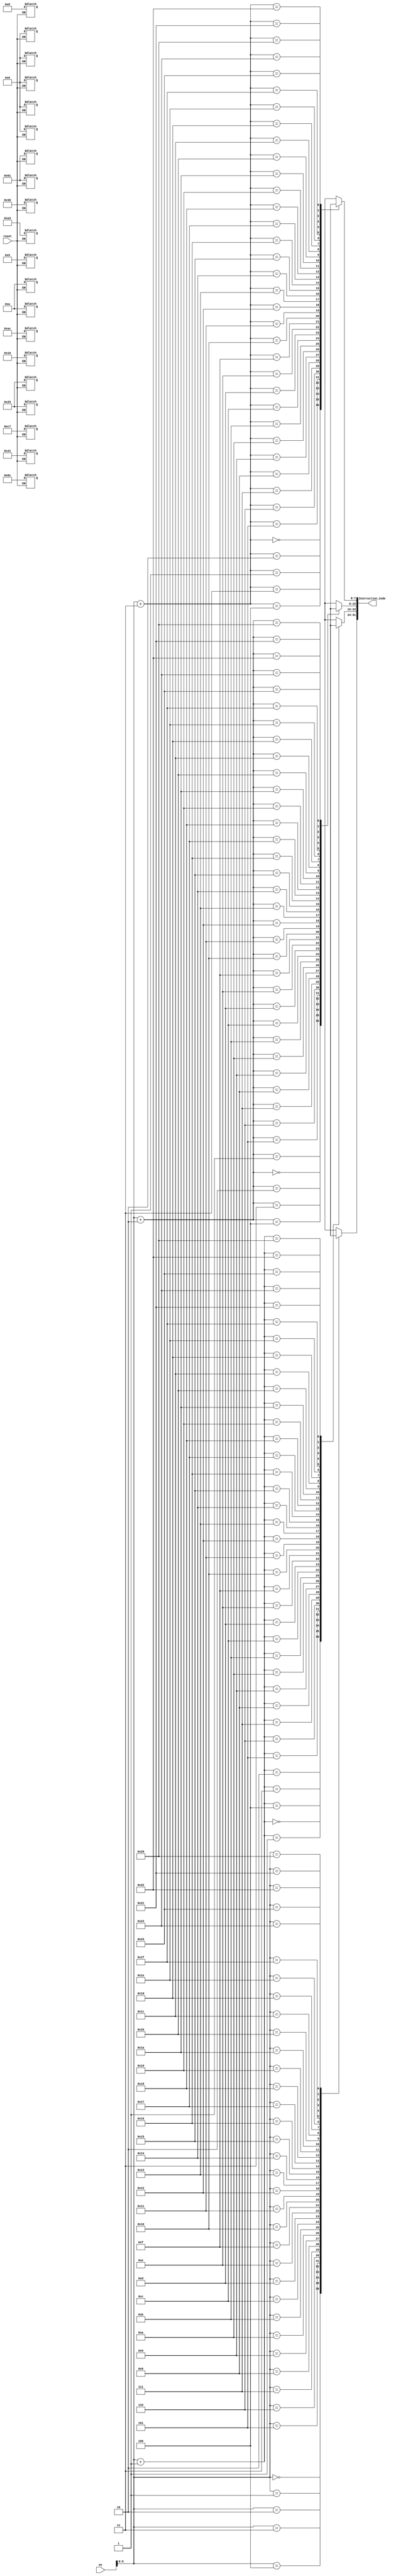
`timescale 1ns / 1ps

module instruction_memory(input [31:0] PC,input reset, output [31:0] Instruction_Code);
reg [7:0] Mem [36:0]; 
assign Instruction_Code= { Mem[PC],Mem[PC+1],Mem[PC+2],Mem[PC+3]};
always @(reset)
begin
    if (reset==0) 
    begin
        Mem[0] = 8'h8C;     Mem[1] = 8'h41;     Mem[2] = 8'h00;     Mem[3] = 8'h0A;
        Mem[4] = 8'hAC;     Mem[5] = 8'h61;     Mem[6] = 8'h00;    Mem[7] = 8'h05;
        Mem[8] = 8'h00;    Mem[9] = 8'hA3;    Mem[10] = 8'h10;    Mem[11] = 8'h25;
        Mem[12] = 8'h00;     Mem[13] = 8'hC7;     Mem[14] = 8'h08;     Mem[15] = 8'h25;
        Mem[16] = 8'h30;    Mem[17] = 8'h61;    Mem[18] = 8'h00;    Mem[19] = 8'h0A;
     //  Mem[20] = 8'h08;    Mem[21] = 8'h00;    Mem[22] = 8'h00;    Mem[23] = 8'h00;
       
       // Mem[16] = 8'h08;    Mem[17] = 8'h00;    Mem[18] = 8'h00;    Mem[19] = 8'h00;
       // Mem[20] = 8'h30;    Mem[21] = 8'h61;    Mem[22] = 8'h00;    Mem[23] = 8'h0A;
    end
end
endmodule